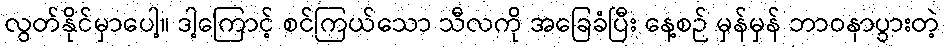
လွတ်နိုင်မှာပေါ့။ ဒါ့ကြောင့် စင်ကြယ်သော သီလကို အခြေခံပြီး နေ့စဉ် မှန်မှန် ဘာဝနာပွားတဲ့